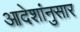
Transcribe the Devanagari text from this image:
आदेशांनुसार